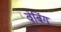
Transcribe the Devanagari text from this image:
वेबिंग